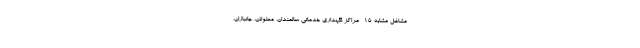
مشاغل مشابه ۱۵- مراکز نگهداری خدماتی سالمندان، معلولان، جانبازان،